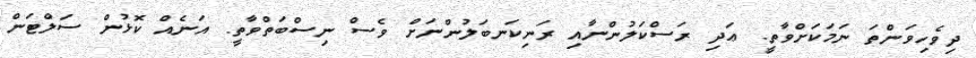
ދިވެހިވަންތަ ނަމަކަށްވާތީ. ޢަދި ރަސްކަލުންނާއި ރަނިކަނބަލުންނަށް ވެސް ނިސްބަތްވާތީ. އަނެއް ކޮޅުން ސަލްޓަން